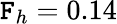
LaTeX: \mathtt{F}_{h}=0.14